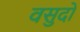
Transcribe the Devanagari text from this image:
वसुदो